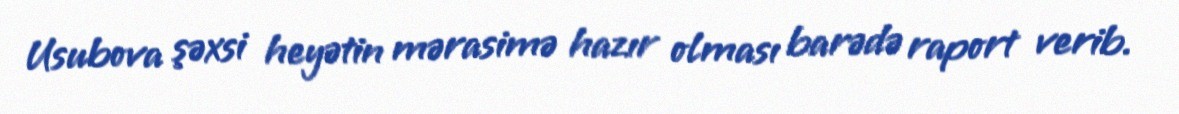
Usubova şəxsi heyətin mərasimə hazır olması barədə raport verib.